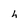
Character: h